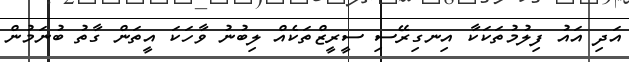
އަދި އައު ފިލުމުތަކަކާ އިނގިރޭސި ސީރީޒްތަކެއް ލިބުނު ވާހަކަ އީތަން ގާތު ބުނަމުން